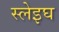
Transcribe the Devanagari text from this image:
स्लेइघ